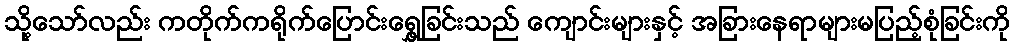
သို့သော်လည်း ကတိုက်ကရိုက်ပြောင်းရွှေ့ခြင်းသည် ကျောင်းများနှင့် အခြားနေရာများမပြည့်စုံခြင်းကို